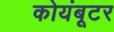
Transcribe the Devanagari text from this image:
कोयंबूटर